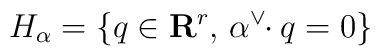
H_{\alpha}=\{q\in\mathbf{R}^{r},\, \alpha^{\vee}\!\!\cdot q=0\}